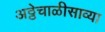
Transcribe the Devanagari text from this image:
अठ्ठेचाळीसाव्या